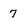
Character: 7